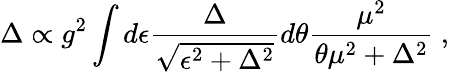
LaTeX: \Delta\propto g^{2}\int d\epsilon{\frac{\Delta}{\sqrt{\epsilon^{2}+\Delta^{2}}}}d\theta{\frac{\mu^{2}}{\theta\mu^{2}+\Delta^{2}}}\ ,